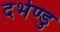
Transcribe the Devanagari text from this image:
दर्भेण्डु